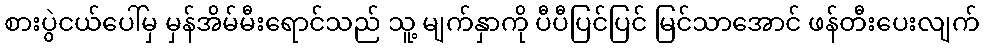
စားပွဲငယ်ပေါ်မှ မှန်အိမ်မီးရောင်သည် သူ့ မျက်နှာကို ပီပီပြင်ပြင် မြင်သာအောင် ဖန်တီးပေးလျက်